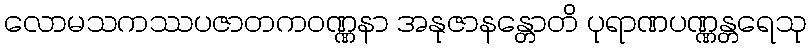
လောမသကဿပဇာတကဝဏ္ဏနာ အနုဇာနန္တောတိ ပုရာဏပဏ္ဏန္တရေသု